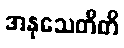
အနုသေတီတိ